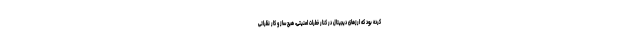
کرده بود که ارزهای دیجیتال در کنار خطرات امنیتی، هیچ ساز و کار نظراتی